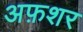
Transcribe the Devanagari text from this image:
अफ़शर